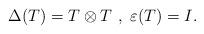
LaTeX: \begin{align*}\Delta(T) =T \otimes T~,~\varepsilon (T)=I.\end{align*}